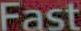
Fast